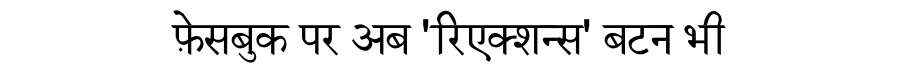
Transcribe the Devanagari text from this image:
फ़ेसबुक पर अब 'रिएक्शन्स' बटन भी